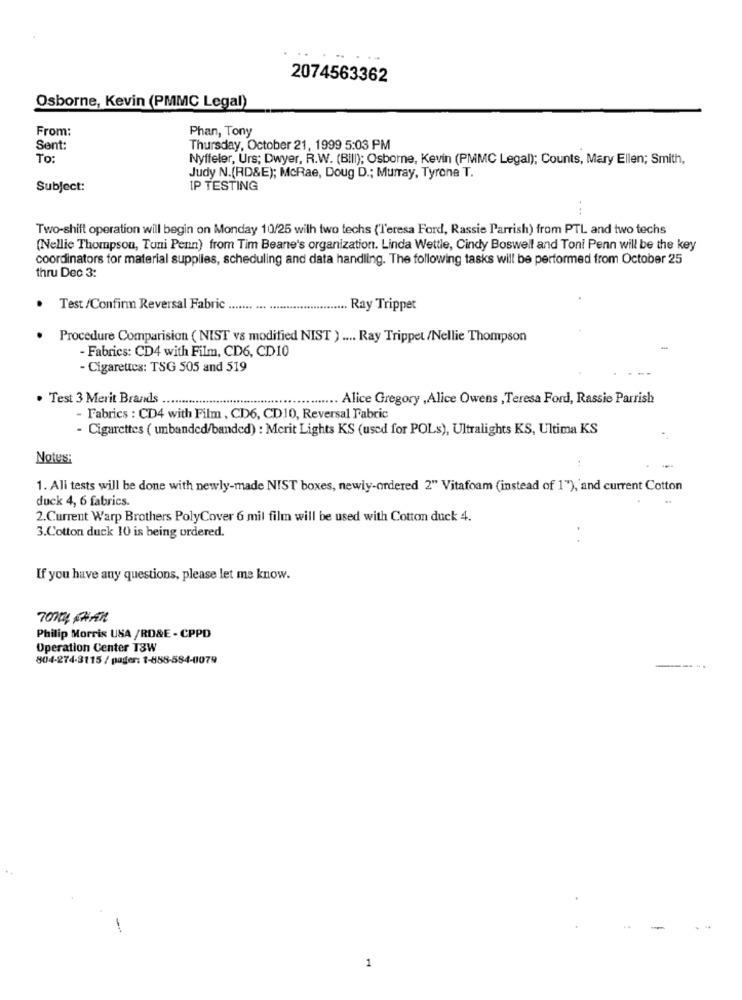
2074563362
Osborne, Kevin (PMMC Legal)
From:
Phan, Tony
Sent:
Thursday, October 21, 1999 5:03 PM
To:
Nyffeler, Urs; Dwyer, R.W. (Bill); Osborne, Kevin (PMMC Legal); Counts, Mary Ellen; Smith,
Judy N.(RD&E); McRae, Doug D .; Murray, Tyrone T.
Subject:
IP TESTING
. ..
Two-shift operation will begin on Monday 10/25 with two techs ('Teresa Ford, Rassie Parrish) from PTL and two techs
(Nellie Thompson, Tuni Penn) from Tim Beane's organization. Linda Wettle, Cindy Boswell and Toni Penn will be the key
coordinators for material supplies, scheduling and data handling. The following tasks will be performed from October 25
thru Dec 3:
Test /Confirm Reversal Fabric
... Ray Tripper
Procedure Comparision ( NIST vs modified NIST ) .... Ray Trippet /Nellie Thompson
- Fabrics: CD4 with Film, CD6, CD10
- Cigarettes: TSG 505 and 519
Test 3 Merit Brands .
........ Alice Gregory ,Alice Owens ,Teresa Ford, Rassie Parrish
- Fabrics : CD4 with Film , CD6, CD10, Reversal Fabric
- Cigarettes ( unbanded/banded) : Merit Lights KS (used for POLs), Ultralights KS, Ultima KS
Notus:
1. All tests will be done with newly-made NIST boxes, newly-ordered 2" Vitafoam (instead of 1"), and current Cotton
duck 4, 6 fabrics.
2.Current Warp Brothers PolyCover 6 mil film will be used with Cotton duck 4.
3.Cotton duck 10 is being ordered.
If you have any questions, please let me know.
70104 1717
Philip Morris USA /RD&E - CPPD
Operation Center T3W
804-274-3115 / pager: 1-888-584-0079
1